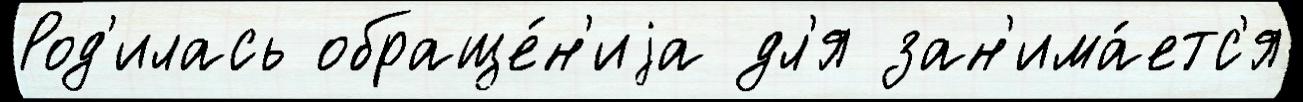
Род'илась обраще́н'иjа дл'я зан'има́етс'я